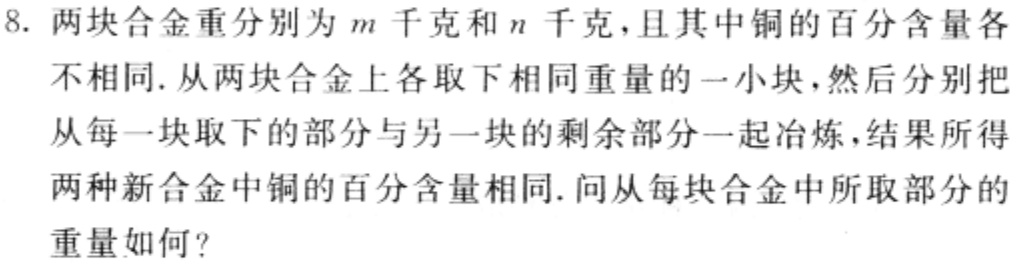
8. 两块合金重分别为\(m\)千克和\(n\)千克，且其中铜的百分含量各不相同. 从两块合金上各取下相同重量的一小块，然后分别把从每一块取下的部分与另一块的剩余部分一起冶炼，结果所得两种新合金中铜的百分含量相同. 问从每块合金中所取部分的重量如何？